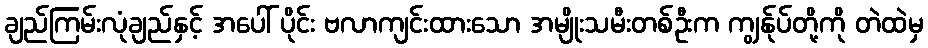
ချည်ကြမ်းလုံချည်နှင့် အပေါ် ပိုင်း ဗလာကျင်းထားသော အမျိုးသမီးတစ်ဦးက ကျွန်ုပ်တို့ကို တဲထဲမှ